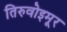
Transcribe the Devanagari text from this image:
तिरुवोइमूर